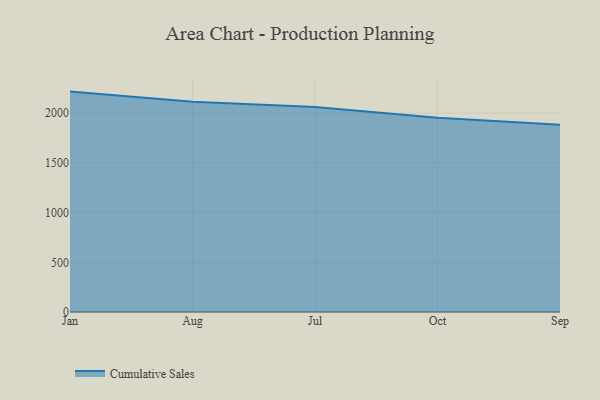
{"axis": {"x": "Month", "y": "Backlog"}, "legend": ["Cumulative Sales"], "data": [{"x": "Jan", "y": 2217.1, "type": "Cumulative Sales"}, {"x": "Aug", "y": 2115.3, "type": "Cumulative Sales"}, {"x": "Jul", "y": 2062.9, "type": "Cumulative Sales"}, {"x": "Oct", "y": 1953.5, "type": "Cumulative Sales"}, {"x": "Sep", "y": 1883.2, "type": "Cumulative Sales"}]}